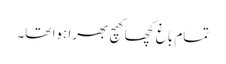
تمام باغ کچھا کھچ بھرا ہوا تھا۔